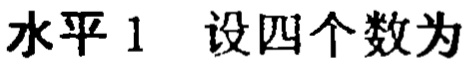
水平 1 设四个数为